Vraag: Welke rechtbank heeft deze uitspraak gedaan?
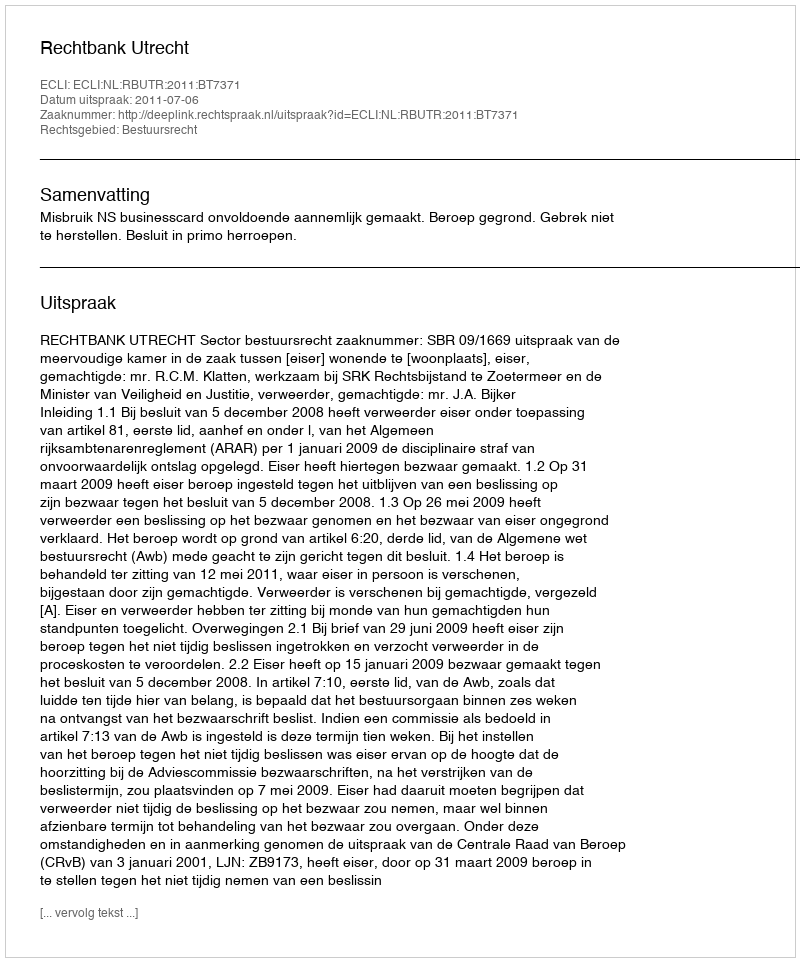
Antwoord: Rechtbank Utrecht